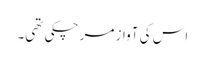
اس کی آواز مر چکی تھی۔